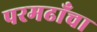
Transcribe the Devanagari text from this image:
परमढाँचा